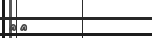
٢٤